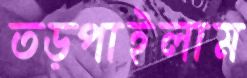
তড়্‌পাইলাম